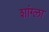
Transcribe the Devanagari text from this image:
शांग्ला